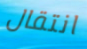
انتقال